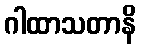
ဂါထာသတာနိ